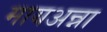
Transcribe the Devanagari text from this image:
मायअन्ना